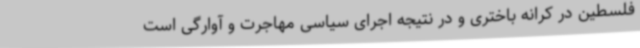
فلسطین در کرانه باختری و در نتیجه اجرای سیاسی مهاجرت و آوارگی است